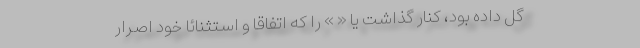
گل داده بود، کنار گذاشت یا « » را که اتفاقاً و استثنائاً خود اصرار